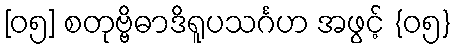
[၀၅] စတုဗ္ဗိဓာဒိရူပသင်္ဂဟ အဖွင့် {၀၅}